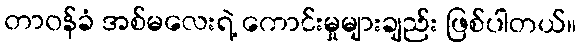
တာဝန်ခံ အစ်မလေးရဲ့ ကောင်းမှုများချည်း ဖြစ်ပါတယ်။